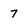
Character: 7